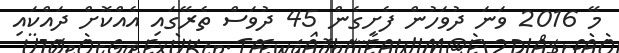
މޭ 2016 ވަނަ ދުވަހުން ފެށިގެން 45 ދުވަސް ތެރޭގައި އެއްކޮށް ދައްކައި